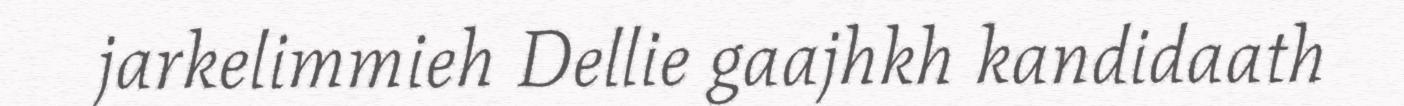
jarkelimmieh Dellie gaajhkh kandidaath